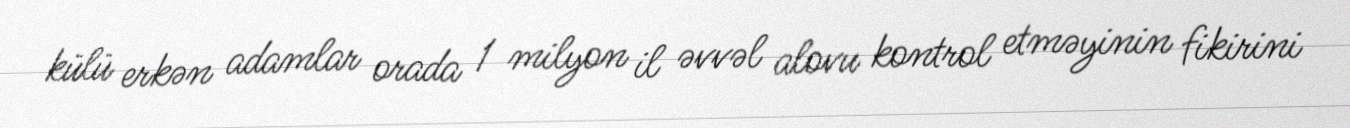
külü erkən adamlar orada 1 milyon il əvvəl alovu kontrol etməyinin fikirini